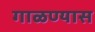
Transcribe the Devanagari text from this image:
गाळण्यास